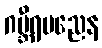
ဂမ္ဘီရပညေန